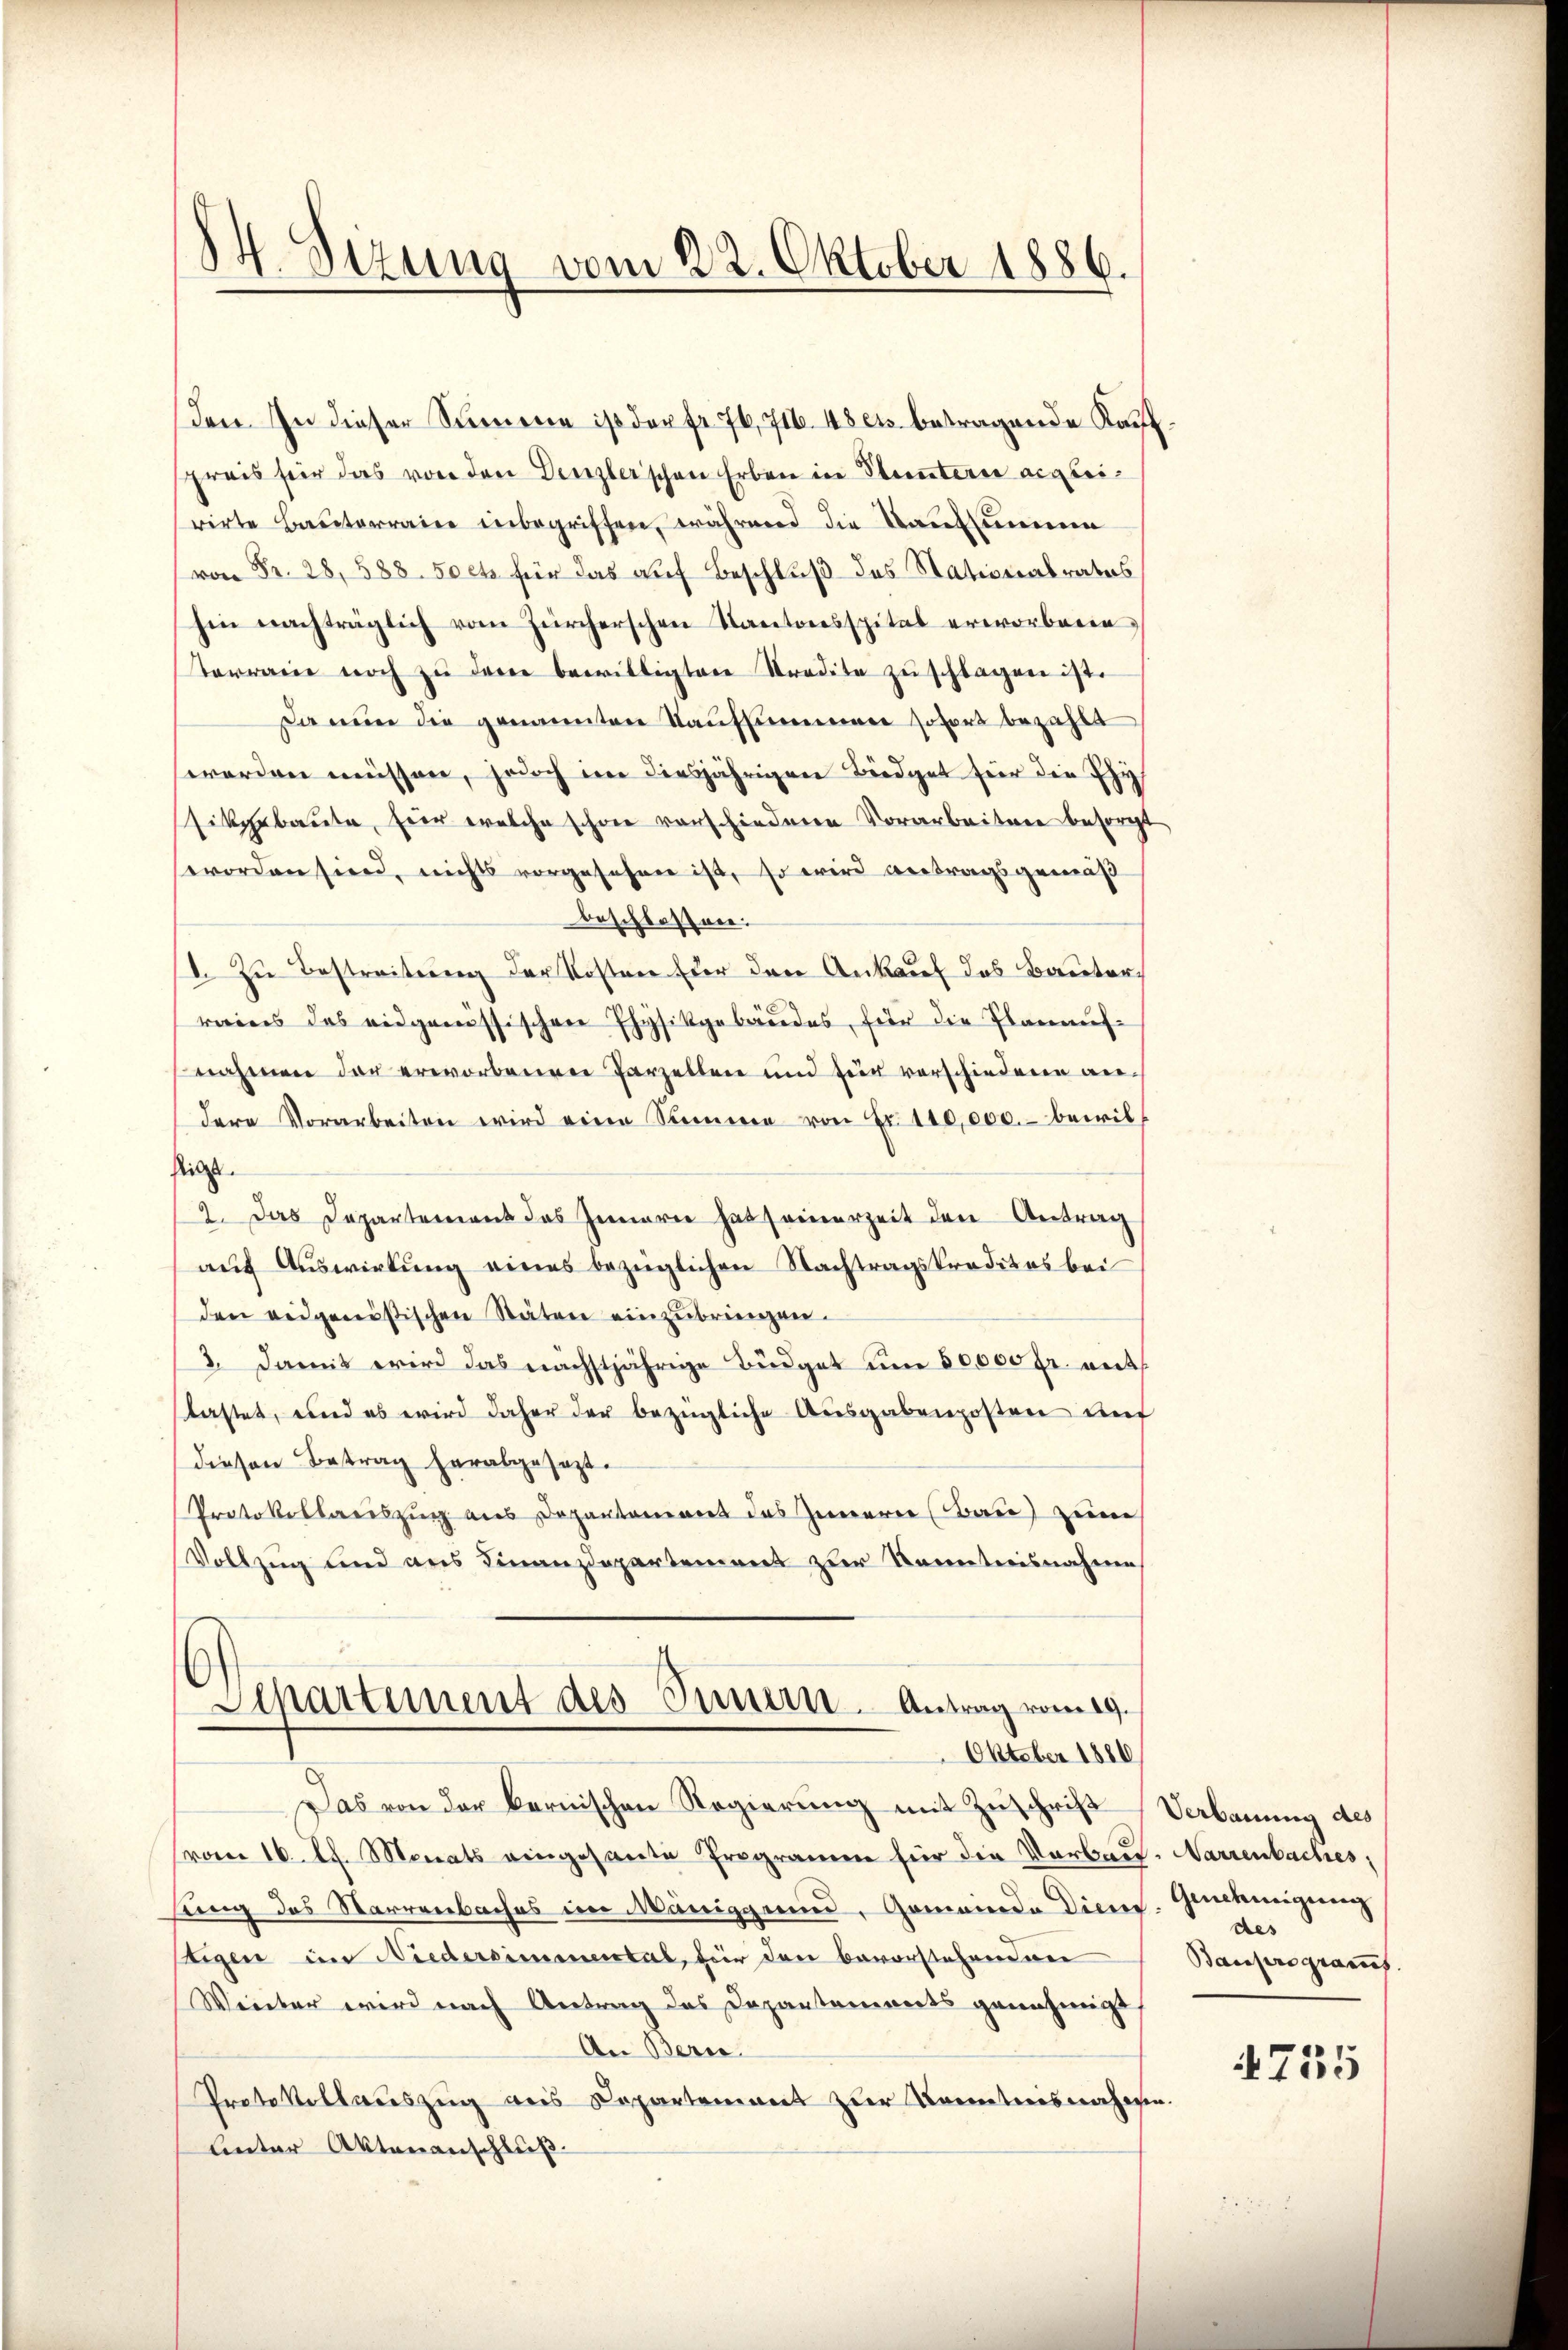
14. Sizung vom 22. Oktober 1886.

den. In dieser Sammene ist der fr. 76, 716. 48 es betragende Kauf
spreis für das von den Denzlerschen Erben in Stuntern angleirirte Bauterraien inbegriffen, während die Kaufsummen
von Fr. 28, 588. 50 cts für das auf Beschluß des Stationalrates
hin nachträglich vom Zürcherschen Kantonsspital erworbenen
terrage noch zŭ der bewilligten Stradite zŭschlagen ist.
Da nun die genannten Kaufsummen sofort bezahlt
worden müssen, jedoch inne diesjährigen Büdget für die Phys
sikgebaute, für welche schon vorschiedene Vorarbeiten besorgt
worden sind, nichts vorgesehen ist, so wird antragsgemäß
beschlossen.
1. Zu Bestreitŭng der Kosten Eier den Ankauf das Bauter
reies des eidgenössischen Physikgebäudes, für die Planaufnahmen der erworbenen Parzellen und für vorschiedene andere Vorarbeiten wird eine Summe von Fr. 110,000.- bewil
stigt.
2. Das Departement das Innere hat seinerzeit den Antrag
auf Auswirkung eines bezüglichen Nachtragskredites bei
den eidgenößischen Stäten einzŭbringen.
2. Damit wird das nächstjährige Büdget um 50,000 Fr. mit
slastet, und es wird daher der bezügliche Aŭsgabenposten anf
diesen Betrag herabgesezt.
Protokollauszug aus Departement des Zimern (Bau) zum
Vollzug und aus Finanzdepartement zur Kenntnisnahme
6
Departement des Innern - Antrag vom 19.
Oktober 1880
Das von der kernischen Regierung mit Zuschrift
(vom 16. d. Monats eingesante Programen für die Vorbau. Narrenbaches,
lung des Narrenbaches im Maniggen, Gemeinde Diens. Genehmigung
stigen im Niedersimmental, für den bevorstehenden
Winter wird nach Antrag des Departements genehmigt
An Bern
Protokollauszug aus Departement zur Kenntnisnahese
Unter Aktenanschluß

Verbauung des
des
Bauprogramms.

4755